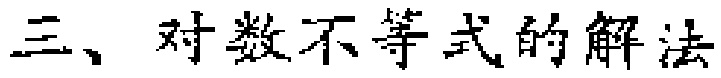
三、对数不等式的解法